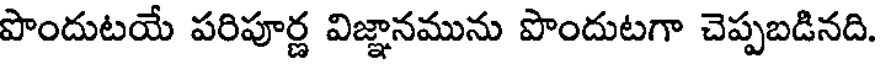
పొందుటయే పరిపూర్ణ విజ్ఞానమును పొందుటగా చెప్పబడినది.